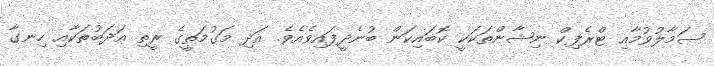
ސަމާލުވުމާއި ޓްރެފިކް ނިޝާންތަކަކީ ކޮބައިކަން ބުނެދީފައިވެއެވެ. އަދި މަގުމަތީގެ ރީތި އަދަބުތަކާއި ހިނގާ